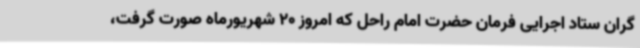
گران ستاد اجرایی فرمان حضرت امام راحل که امروز 20 شهریورماه صورت گرفت،